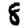
Digit: 8